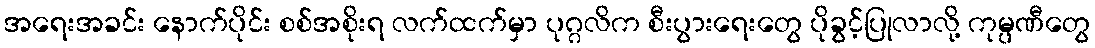
အရေးအခင်း နောက်ပိုင်း စစ်အစိုးရ လက်ထက်မှာ ပုဂ္ဂလိက စီးပွားရေးတွေ ပိုခွင့်ပြုလာလို့ ကုမ္ပဏီတွေ